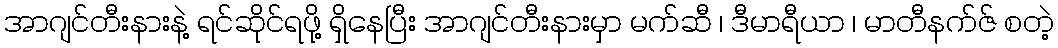
အာဂျင်တီးနားနဲ့ ရင်ဆိုင်ရဖို့ ရှိနေပြီး အာဂျင်တီးနားမှာ မက်ဆီ ၊ ဒီမာရီယာ ၊ မာတီနက်ဇ် စတဲ့